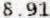
8.91